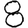
Digit: 8